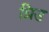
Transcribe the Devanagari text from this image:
ग्रिउ